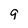
Character: 9